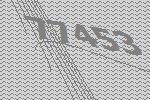
77453